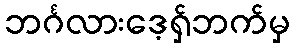
ဘင်္ဂလားဒေ့ရှ်ဘက်မှ